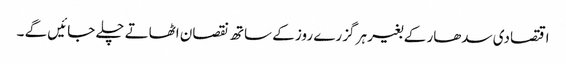
اقتصادی سدھار کے بغیر ہر گزرے روز کے ساتھ نقصان اٹھاتے چلے جائیں گے ۔